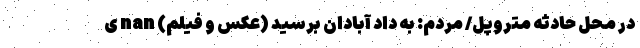
در محل حادثه متروپل/ مردم: به داد آبادان برسید (عکس و فیلم) nan ی